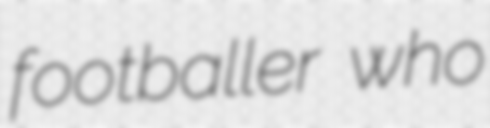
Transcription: footballer who